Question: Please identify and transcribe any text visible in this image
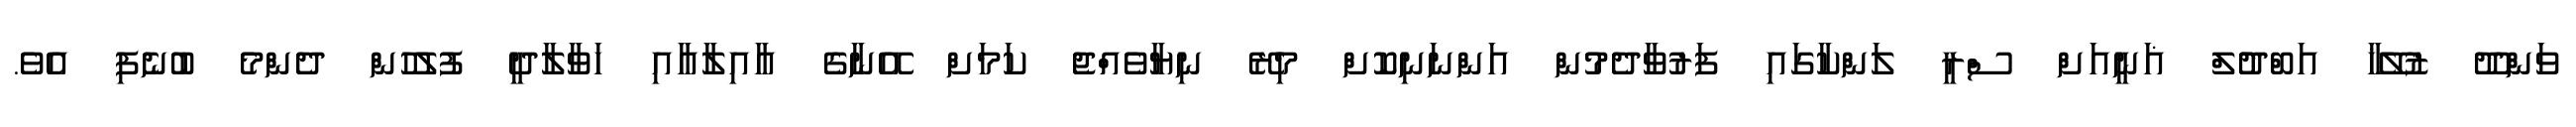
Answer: ވަންދޫ ޒުލޭޚާ އަބްދުުލް ޣަނީއަށް ސްރީ ލަންކާގައި ފަރުވާދެމުން އަންނަނިކޮށް މިރޭ ނިޔާވެއްޖެ ކަމަށް އޭނާގެ އާއިލާއާއި ހަވާލާދީ ފުލުހުން ދެންމެ ބުނެފި އެވެ.